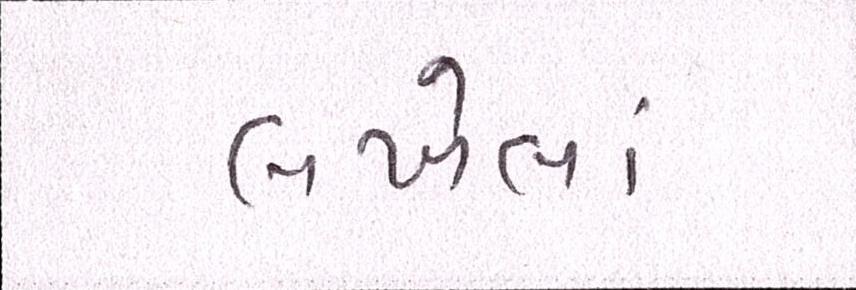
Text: લખેલાં